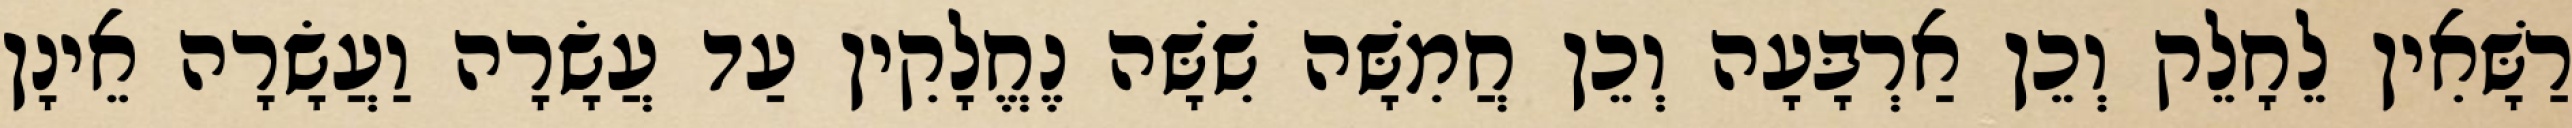
רַשָּׁאִין לֵחָלֵק וְכֵן אַרְבָּעָה וְכֵן חֲמִשָּׁה שִׁשָּׁה נֶחֱלָקִין עַד עֲשָׂרָה וַעֲשָׂרָה אֵינָן